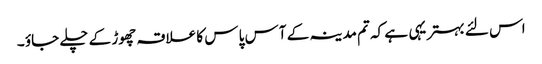
اس لئے بہتر یہی ہے کہ تم مدینہ کے آس پا س کا علاقہ چھوڑ کے چلے جاؤ ۔